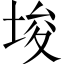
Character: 埈